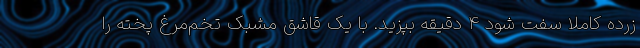
زرده کاملاً سفت شود ۴ دقیقه بپزید. با یک قاشق مشبک تخم‌مرغ پخته را